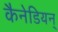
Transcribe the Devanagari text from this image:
कैनेडियन्